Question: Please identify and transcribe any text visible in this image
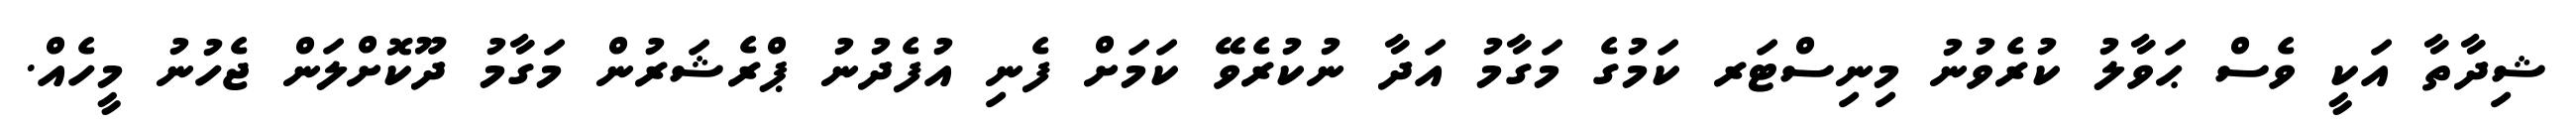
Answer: ޝިދާތާ އަކީ ވެސް ޙަވާލު ކުރެވުނު މިނިސްޓަރ ކަމުގެ މަގާމު އަދާ ނުކުރެވޭ ކަމަށް ފެނި އުފެދުނު ޕްރެޝަރުން މަގާމު ދޫކޮށްލަން ޖެހުނު މީހެއް.